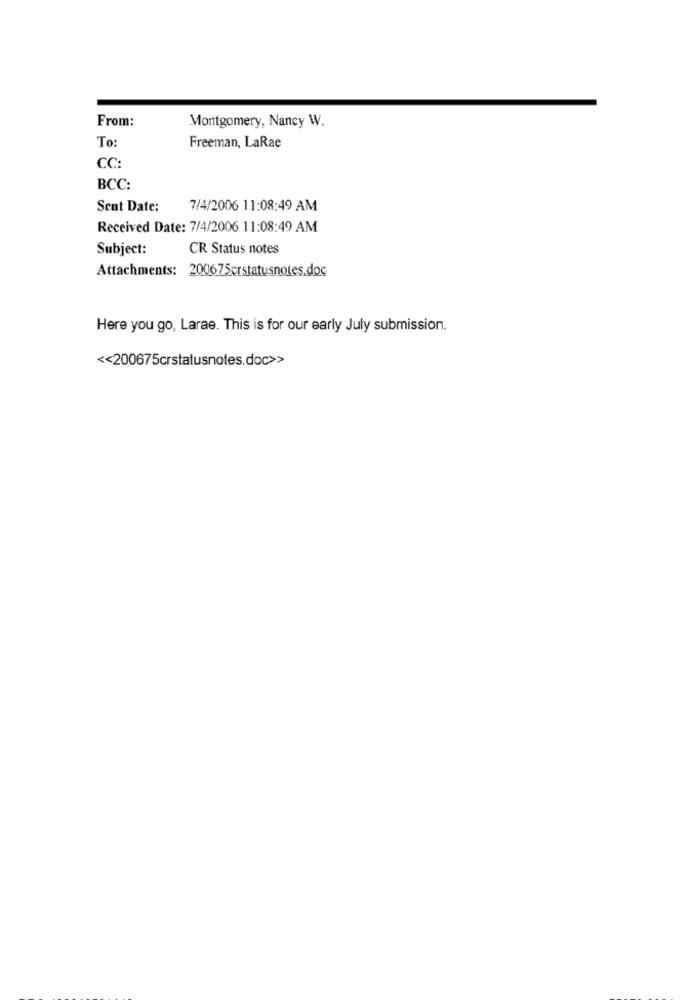
From:
Montgomery, Nancy W.
To:
Freeman, LaRae
CC:
BCC:
Sent Date:
7/4/2006 11:08:49 AM
Received Date: 7/4/2006 11:08:49 AM
Subject:
CR Status notes
Attachments: 200675crstatusnotes.doc
Here you go, Larae. This is for our early July submission.
<< 200675crstatusnotes.doc>>